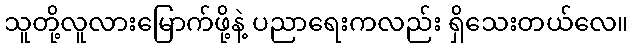
သူတို့လူလားမြောက်ဖို့နဲ့ ပညာရေးကလည်း ရှိသေးတယ်လေ။